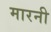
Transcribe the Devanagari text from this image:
मारनी